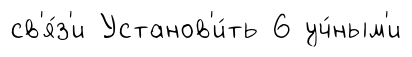
св'я́з'и Установ'и́ть 6 уч́ным'и